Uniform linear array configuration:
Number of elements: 8
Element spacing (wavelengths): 0.5
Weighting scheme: hamming
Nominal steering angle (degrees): -15
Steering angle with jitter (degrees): -13.103
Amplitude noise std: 0.05
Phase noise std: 0.05

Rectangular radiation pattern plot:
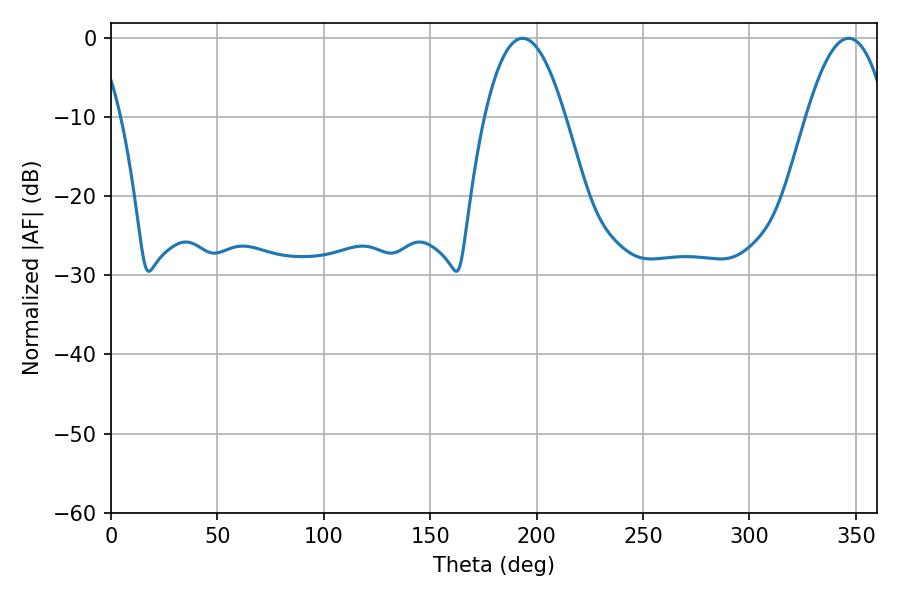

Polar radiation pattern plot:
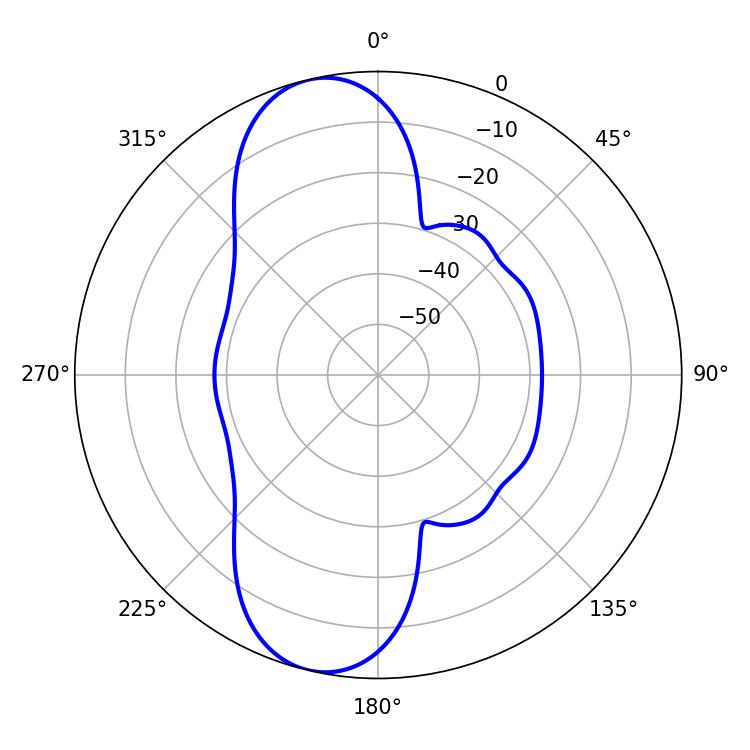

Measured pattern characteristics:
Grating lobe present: FALSE
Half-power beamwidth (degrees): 20.88
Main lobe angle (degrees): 193.32